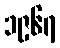
၁၉၆၇